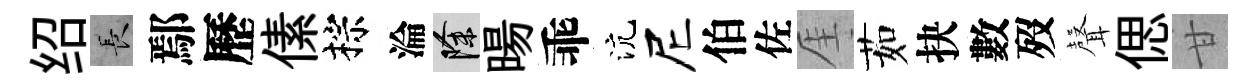
绍长鄢歷傃棕淪除暘乖沆尼伯佐厓茹抉數歿𮋻偲甘